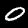
Label: 0